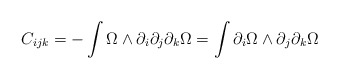
\begin{align*}C_{ijk} = - \int \Omega \wedge \partial_i \partial_j \partial_k\Omega = \int \partial_i \Omega \wedge \partial_j \partial_k \Omega\end{align*}